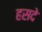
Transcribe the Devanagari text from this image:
हसदे